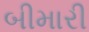
બીમારી